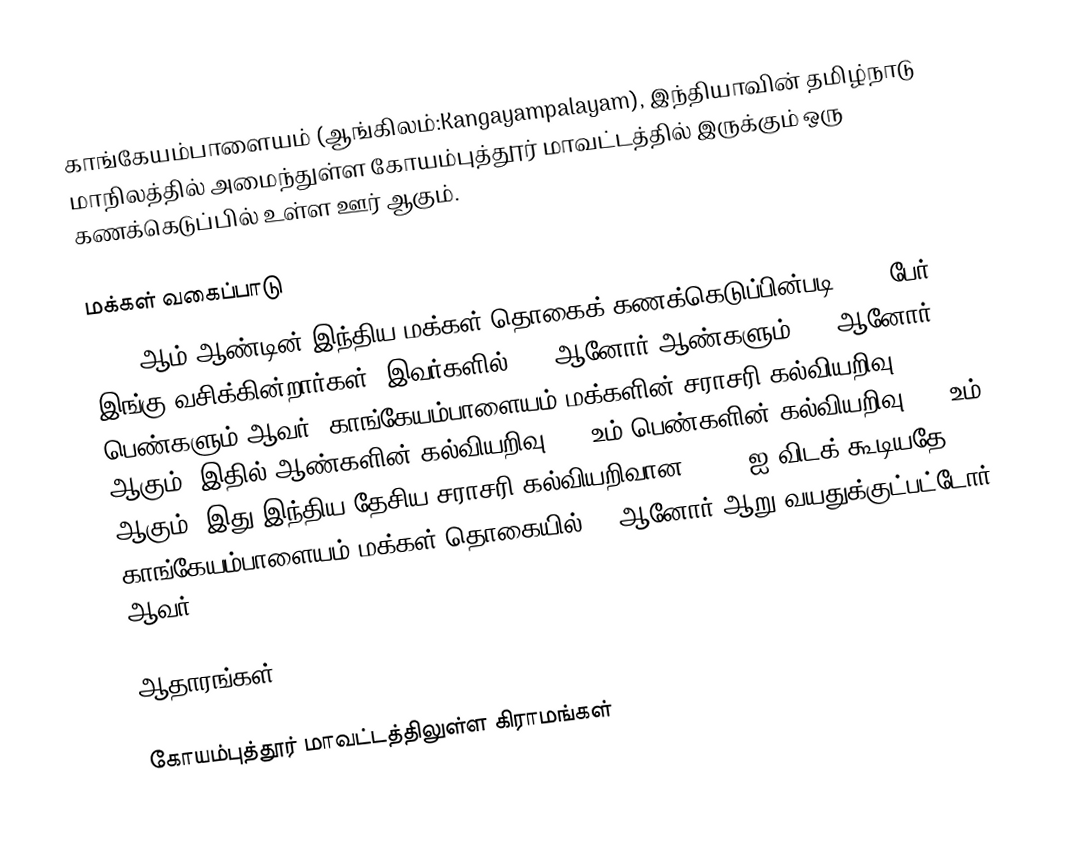
காங்கேயம்பாளையம் (ஆங்கிலம்:Kangayampalayam), இந்தியாவின் தமிழ்நாடு மாநிலத்தில் அமைந்துள்ள கோயம்புத்தூர் மாவட்டத்தில் இருக்கும் ஒரு கணக்கெடுப்பில் உள்ள ஊர்  ஆகும்.

மக்கள் வகைப்பாடு
2001 ஆம் ஆண்டின் இந்திய மக்கள் தொகைக் கணக்கெடுப்பின்படி 3845 பேர் இங்கு வசிக்கின்றார்கள். இவர்களில் 51% ஆனோர் ஆண்களும் 49% ஆனோர் பெண்களும் ஆவர். காங்கேயம்பாளையம் மக்களின் சராசரி கல்வியறிவு 72% ஆகும். இதில் ஆண்களின் கல்வியறிவு 80% உம் பெண்களின் கல்வியறிவு 64% உம் ஆகும். இது இந்திய தேசிய சராசரி கல்வியறிவான 59.5% ஐ விடக் கூடியதே. காங்கேயம்பாளையம் மக்கள் தொகையில் 7% ஆனோர் ஆறு வயதுக்குட்பட்டோர் ஆவர்.

ஆதாரங்கள்

கோயம்புத்தூர் மாவட்டத்திலுள்ள கிராமங்கள்